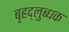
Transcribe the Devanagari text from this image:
बृहद्‌लुब्धक